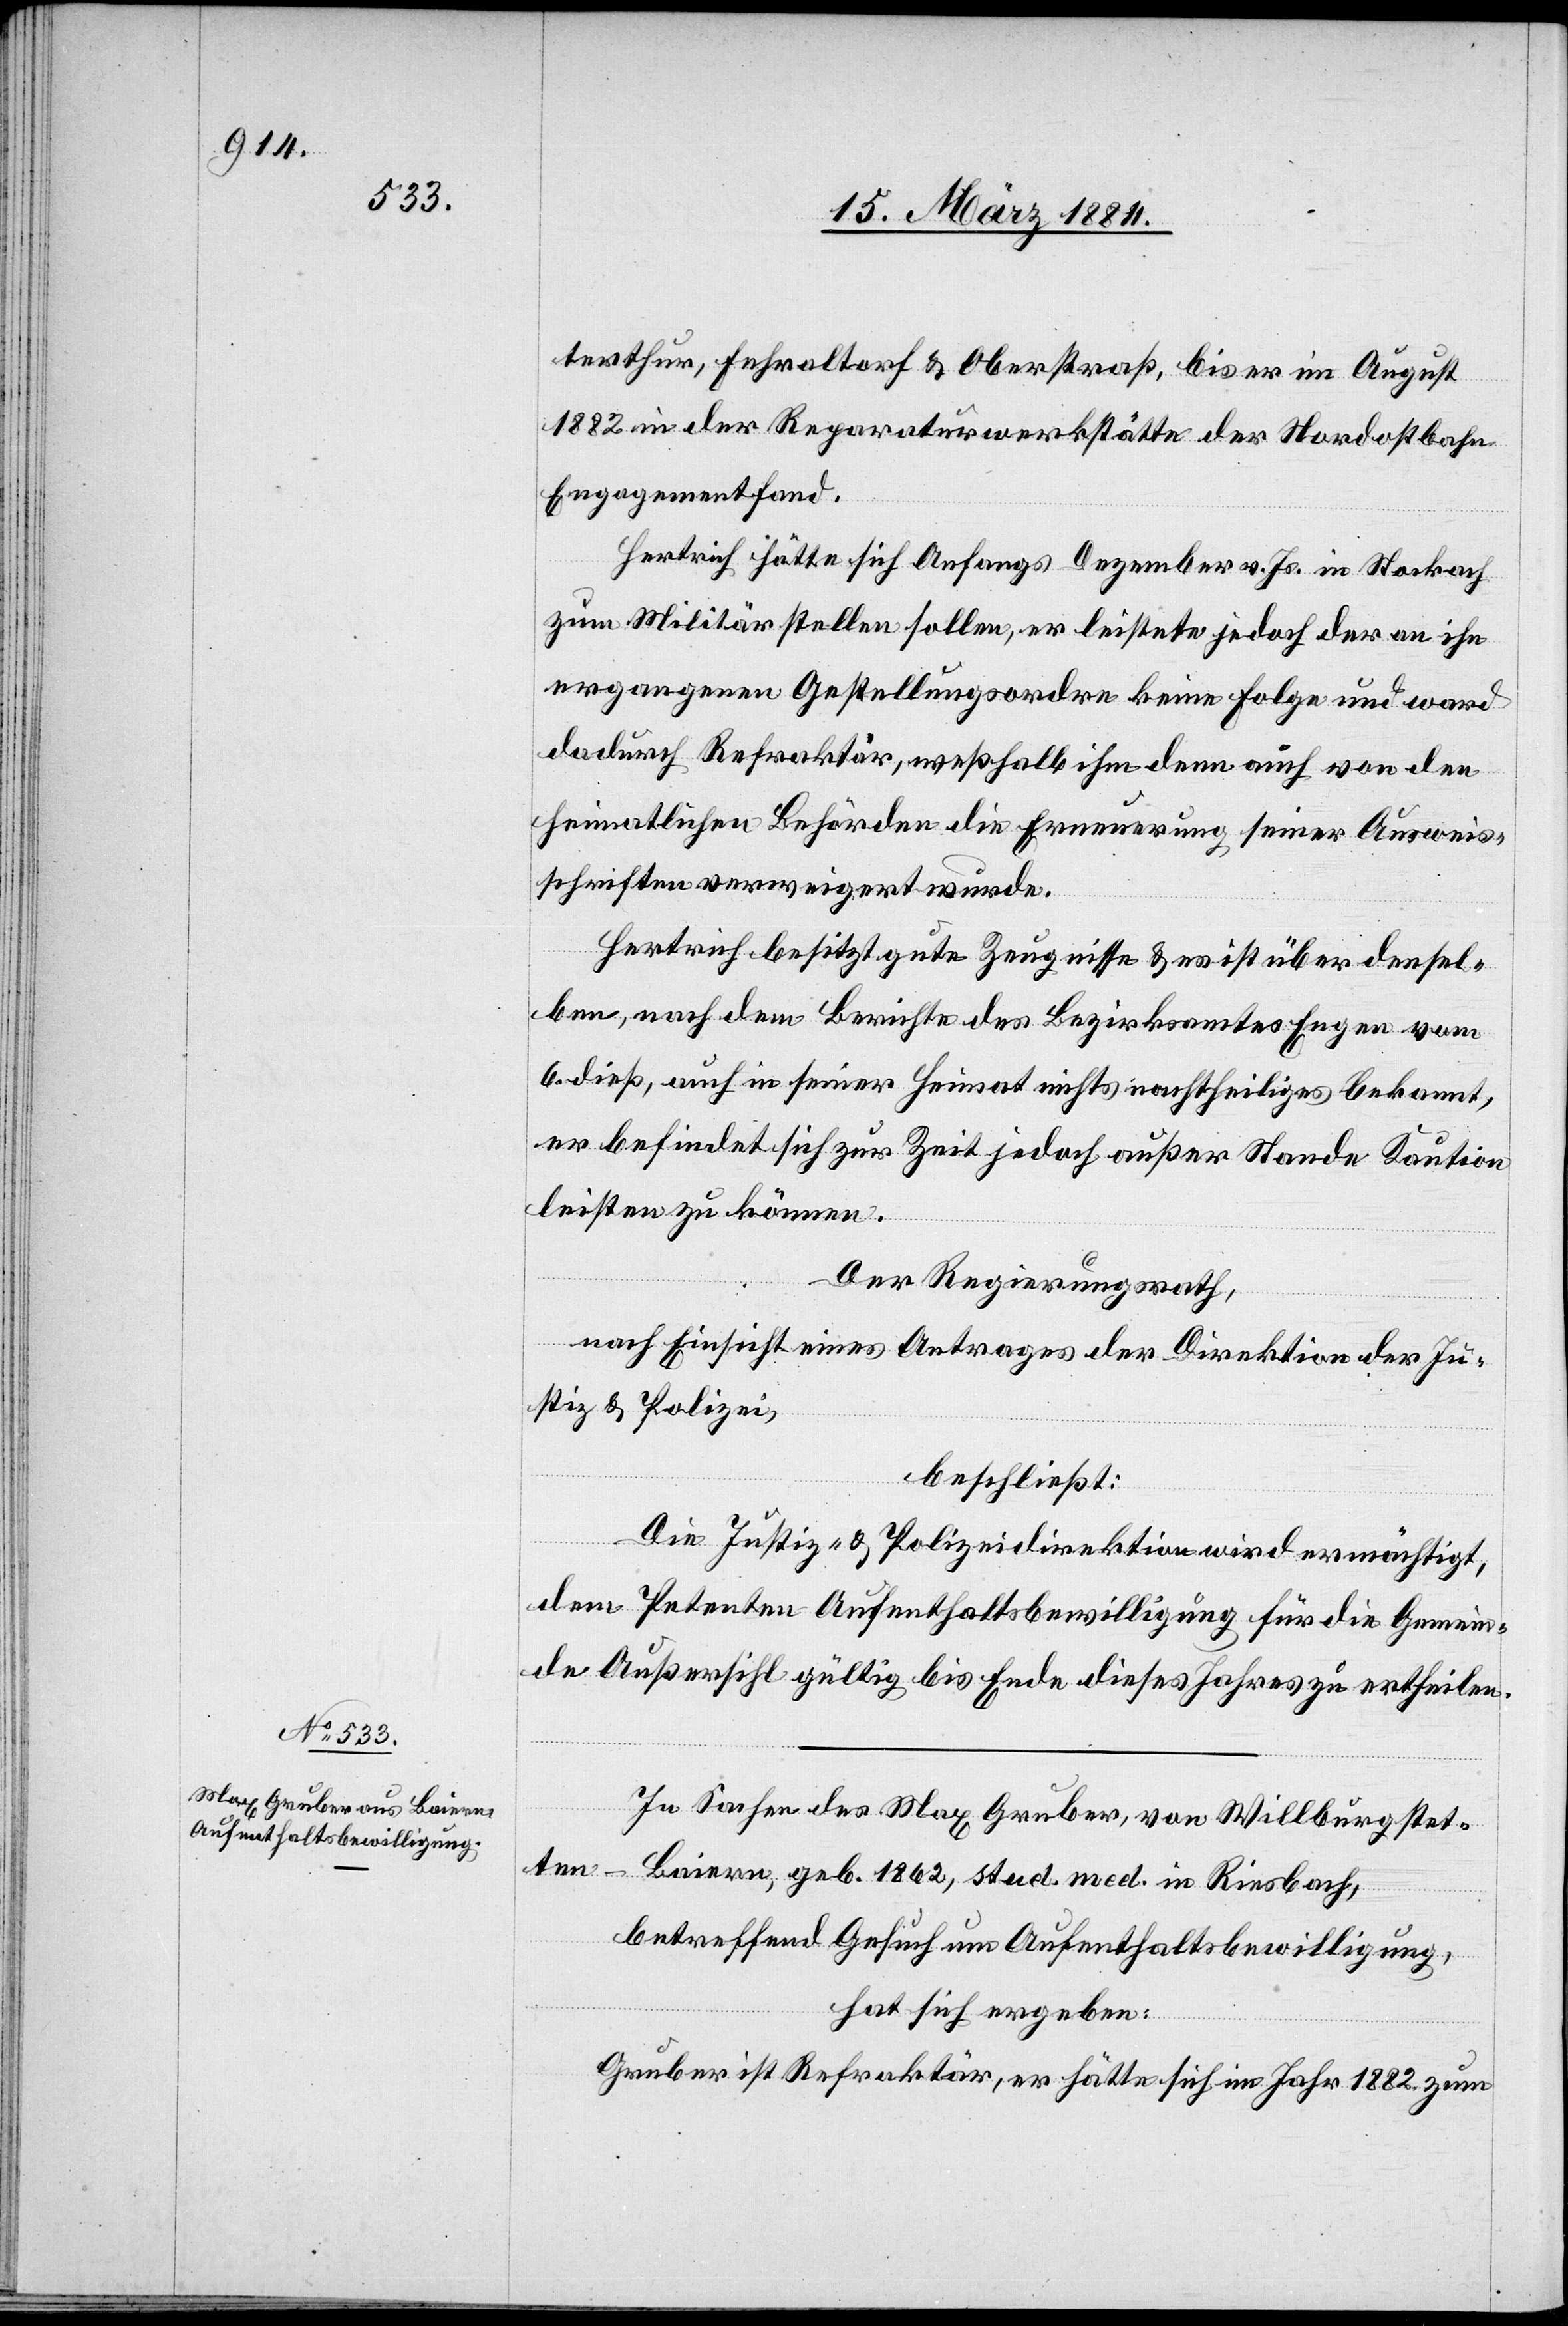
terthur, Fehraltorf & Oberstraß, bis er im August
1882 in der Reparaturwerkstätte der Nordostbahn
Engagement fand.
Hertrich hätte sich Anfangs Dezember v. Js. in Stockach
zum Militär stellen sollen, er leistete jedoch der an ihn
ergangenen Gestellungsordre keine Folge und ward
dadurch Refraktär, weshalb ihm denn auch von den
heimatlichen Behörden die Erneuerung seiner Ausweis¬
schriften verweigert wurde.
Hertrich besitzt gute Zeugnisse & ist über densel¬
ben, nach dem Berichte des Bezirksamtes Enge vom
6. dieß, auch in seiner Heimat nichts nachtheiliges bekannt,
er befindet sich zur Zeit jedoch außer Stande, Kaution
leisten zu können.
Der Regierungsrath,
nach Einsicht eines Antrages der Direktion der Ju¬
stiz & Polizei,
beschließt:
Die Justiz- & Polizeidirektion wird ermächtigt,
dem Petenten Aufenthaltsbewilligung für die Gemein¬
de Außersihl gültig bis Ende dieses Jahres zu ertheilen.
In Sachen des Max Gruber, von Willburgstet¬
ten
Baiern, geb. 1862, stud. med. in Riesbach,
betreffend Gesuch um Aufenthaltsbewilligung,
hat sich ergeben:
Gruber ist Refraktär, er hätte sich im Jahr 1882 zum